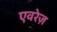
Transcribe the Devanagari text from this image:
एवरेज़